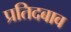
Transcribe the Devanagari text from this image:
प्रतिदबाव